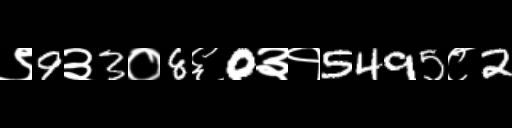
Text: ९9३3०8६0३१5495८2